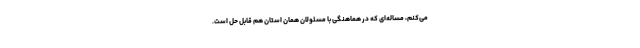
می‌کنم، مساله‌ای که در هماهنگی با مسئولان همان استان هم قابل حل است.